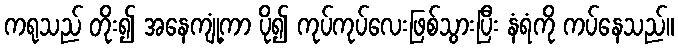
ကရုသည် တိုး၍ အနေကျုံ့ကာ ပို၍ ကုပ်ကုပ်လေးဖြစ်သွားပြီး နံရံကို ကပ်နေသည်။